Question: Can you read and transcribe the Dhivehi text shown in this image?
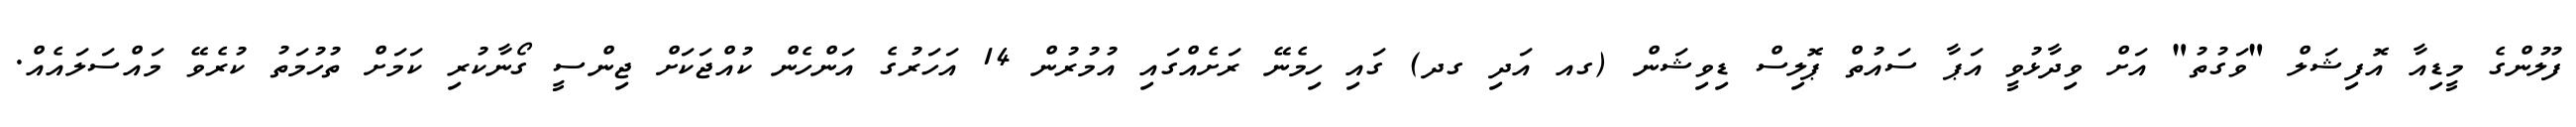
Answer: ފުލުންގެ މީޑިއާ އޮފިޝަލް "ވަގުތު" އަށް ވިދާޅުވީ އަޕާ ސައުތް ޕޮލިސް ޑިވިޝަން (ގއ އަދި ގދ) ގައި ހިމެނޭ ރަށެއްގައި އުމުރުން 14 އަހަރުގެ އަންހެން ކުއްޖަކަށް ޖިންސީ ގޯނާކުރި ކަމަށް ތުހުމަތު ކުރެވޭ މައްސަލައެއް.